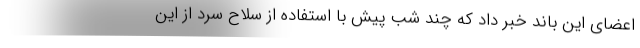
اعضای این باند خبر داد که چند شب پیش با استفاده از سلاح سرد از این